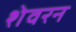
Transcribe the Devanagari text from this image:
शेवरन